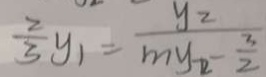
\frac { 2 } { 3 } y _ { 1 } = \frac { y _ { 2 } } { m y _ { 2 } - \frac { 3 } { 2 } }